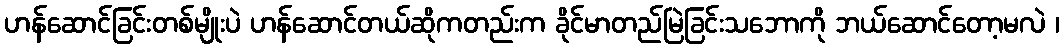
ဟန်ဆောင်ခြင်းတစ်မျိုးပဲ ဟန်ဆောင်တယ်ဆိုကတည်းက ခိုင်မာတည်မြဲခြင်းသဘောကို ဘယ်ဆောင်တော့မလဲ ၊